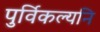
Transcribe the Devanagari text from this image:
पुर्विकल्यनि